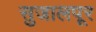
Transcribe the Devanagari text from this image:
सुजालपूर